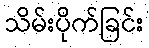
သိမ်းပိုက်ခြင်း